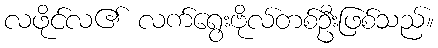
လဖိုင်လ၏ လက်ရွေးဗိုလ်တစ်ဦးဖြစ်သည်။